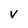
Character: v